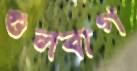
গুলবাগ